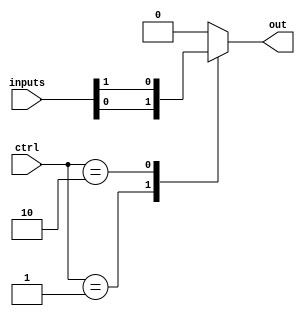
module multiplexer_512_1 (
    input [511:0] inputs, // 512 input signals
    input [8:0] ctrl, // Control input signal
    output reg out // Output signal
);

always @* begin
    case (ctrl)
        9'b000000001: out = inputs[0];
        9'b000000010: out = inputs[1];
        // Add more cases for all 512 input signals
        default: out = 0; // Default output when control input does not match any signal
    endcase
end

endmodule